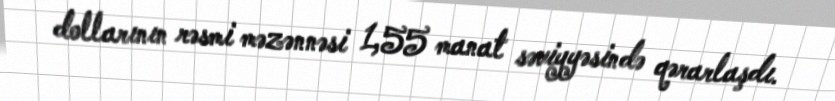
dollarının rəsmi məzənnəsi 1,55 manat səviyyəsində qərarlaşdı.